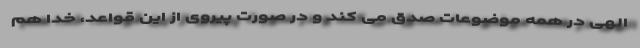
الهی در همه موضوعات صدق می کند و در صورت پیروی از این قواعد، خدا هم